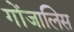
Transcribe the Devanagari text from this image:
गोंजालिस